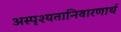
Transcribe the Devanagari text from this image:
अस्पृश्यतानिवारणार्थ